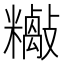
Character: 𱡡